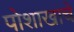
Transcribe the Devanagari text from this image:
पोशाखाचे